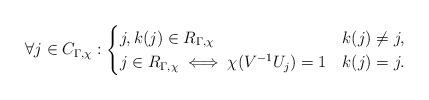
LaTeX: \begin{align*}\forall j\in C_{\Gamma, \chi}:\begin{cases} j, k(j)\in R_{\Gamma, \chi} & k(j)\neq j, \\j\in R_{\Gamma, \chi} \iff \chi(V^{-1}U_j)=1 & k(j)=j.\end{cases}\end{align*}